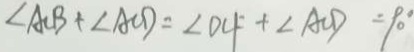
\angle A C B + \angle A C D = \angle D C F + \angle A C D = 9 0 ^ { \circ }